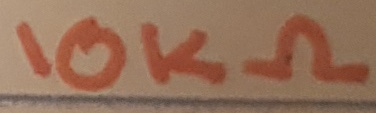
Text: 10KΩ